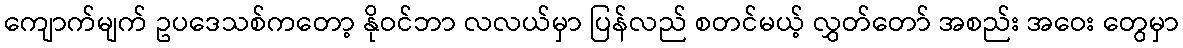
ကျောက်မျက် ဥပဒေသစ်ကတော့ နိုဝင်ဘာ လလယ်မှာ ပြန်လည် စတင်မယ့် လွှတ်တော် အစည်း အဝေး တွေမှာ